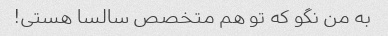
به من نگو ​​که تو هم متخصص سالسا هستی!